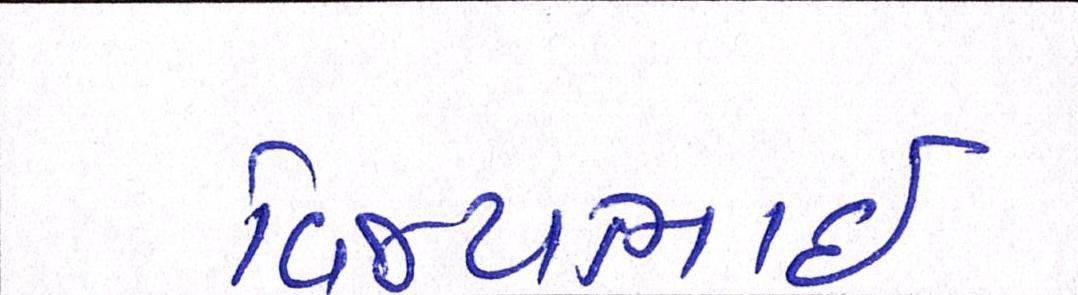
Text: વિજયભાઈ